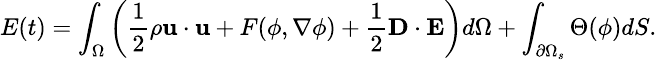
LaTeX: \small E(t)=\int_{\Omega}\left(\frac{1}{2}\rho\textbf{u}\cdot\textbf{u}+F(\phi,\nabla\phi)+\frac{1}{2}\textbf{D}\cdot\textbf{E}\right)d\Omega+\int_{\partial\Omega_{s}}\Theta(\phi)dS.